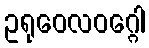
ဥရုဝေလဝဂ္ဂေါ